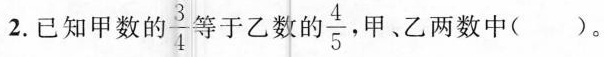
2. 已知甲数的\frac{3}{4}等于乙数的\frac{4}{5}, 甲、乙两数中（ ）。